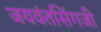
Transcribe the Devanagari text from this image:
जयवंतसिंगजी